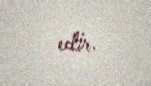
edir.